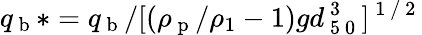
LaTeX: q_{\mathrm{~b~}}\ast=q_{\mathrm{~b~}}/[(\rho_{\mathrm{~p~}}/\rho_{1}-1)gd_{\mathrm{~5~0~}}^{\mathrm{~3~}}]^{\mathrm{~1~/~2~}}